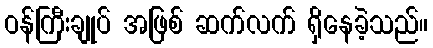
ဝန်ကြီးချုပ် အဖြစ် ဆက်လက် ရှိနေခဲ့သည်။